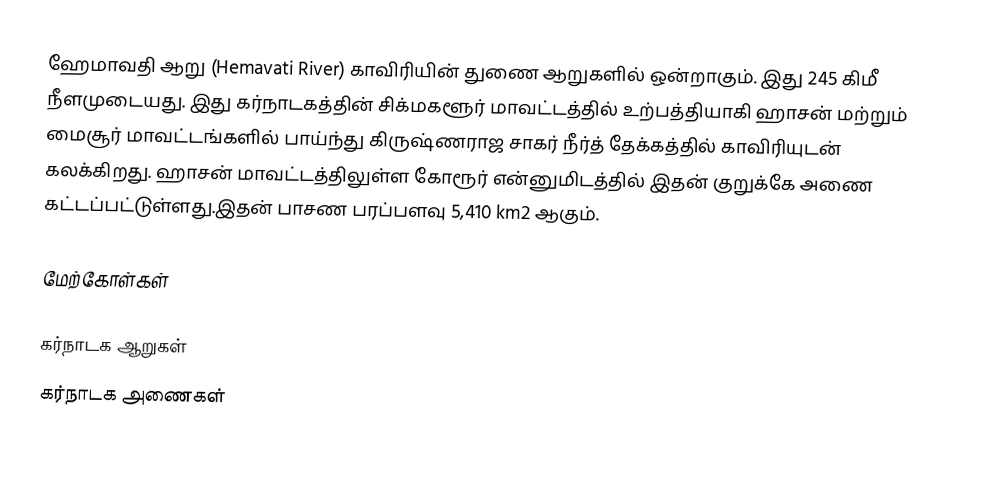
ஹேமாவதி ஆறு (Hemavati River) காவிரியின் துணை ஆறுகளில் ஒன்றாகும். இது 245 கிமீ நீளமுடையது. இது கர்நாடகத்தின் சிக்மகளூர் மாவட்டத்தில் உற்பத்தியாகி ஹாசன் மற்றும் மைசூர் மாவட்டங்களில் பாய்ந்து கிருஷ்ணராஜ சாகர் நீர்த் தேக்கத்தில் காவிரியுடன் கலக்கிறது. ஹாசன் மாவட்டத்திலுள்ள கோரூர் என்னுமிடத்தில் இதன் குறுக்கே அணை கட்டப்பட்டுள்ளது.இதன் பாசண பரப்பளவு 5,410 km2 ஆகும்.

மேற்கோள்கள்

கர்நாடக ஆறுகள்
கர்நாடக அணைகள்